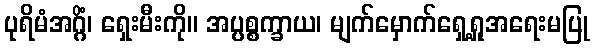
ပုရိမံအဂ္ဂိံ၊ ရှေးမီးကို။ အပ္ပစ္စက္ခာယ၊ မျက်မှောက်ရှေ့ရှုအရေးမပြု